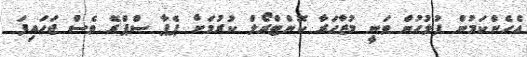
އެހެންކަމުން ފުލުހުން ވަނީ މުޒާހަރާ ކޮންޓްރޯލް ކުރުމަށް ޕެޕާ ސްޕްރޭ ވެސް ޖަހައިފަ